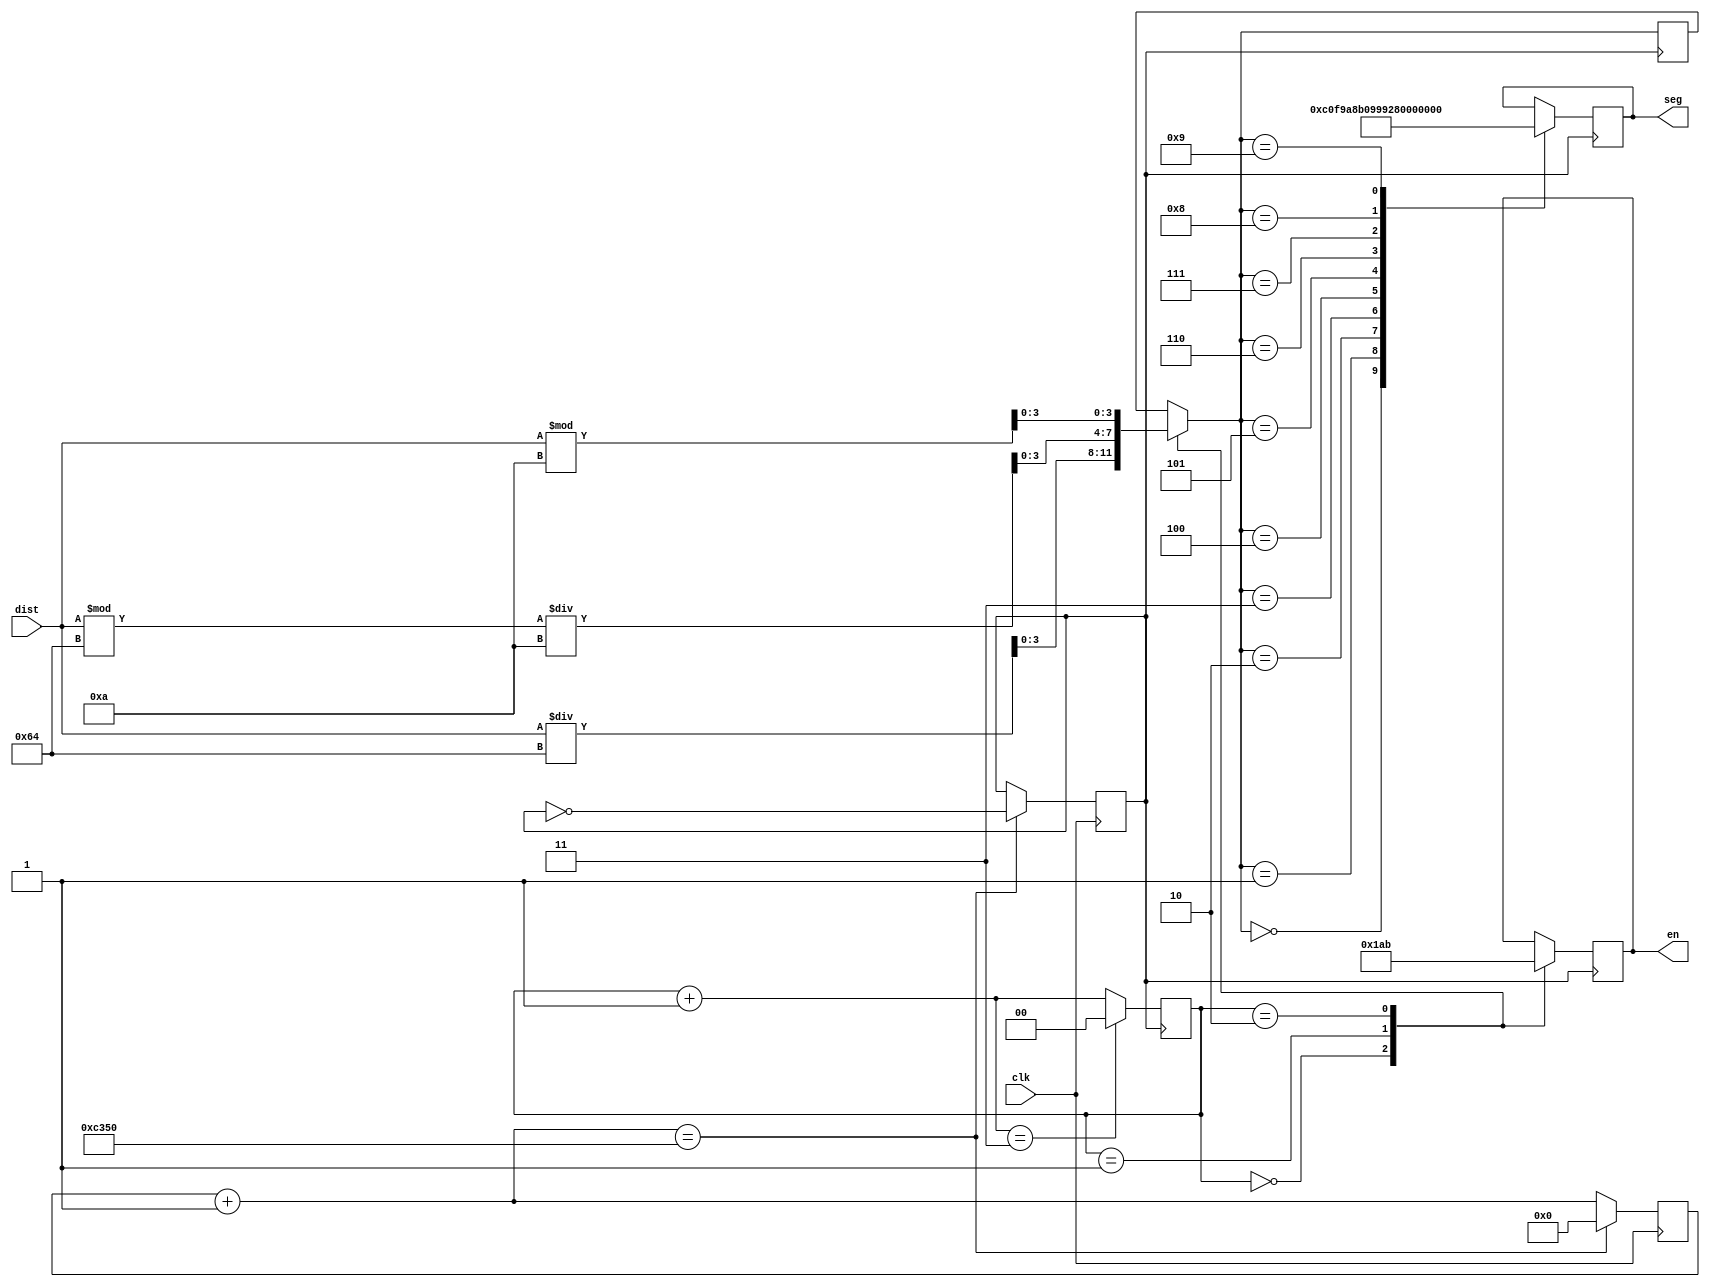
module sev_seg(clk,dist,en,seg
    );
input [9:0] dist;
input clk;
output reg [7:0] seg;
output reg [2:0] en;
reg nclk;
reg [1:0] segno; 
reg [31:0] count;
reg [3:0] cas;
reg [3:0] a,b,c; 
	initial begin
		seg=8'h80;
		en=0;
		nclk=0;
		count=0;  
	end
	
	always @(posedge clk) begin
		count=count+1;
		if(count==50000) begin
			nclk=~nclk;
			count=0;
		end	
	end
	always begin
		c=dist/100;
		b=(dist%100)/10;
		a=dist%10;
	end
	
	always @(posedge nclk) begin
		case(segno)
			0: begin
				en=3'b110;
				cas=c;
				end
			1: begin
				en=3'b101;
				cas=b;
				end
			2: begin
				en=3'b011;
				cas=a;
				end	
		endcase
			case(cas)
				0: seg=8'hC0;
				1: seg=8'hF9;
				2: seg=8'hA8;
				3: seg=8'hB0;
				4: seg=8'h99;
				5: seg=8'h92;
				6: seg=8'h82;
				7: seg=8'hF8;
				8: seg=8'h80;
				9: seg=8'h90;
			endcase	
		segno=segno+1;	
		if(segno==3)
			segno=0;
	end	
		
endmodule